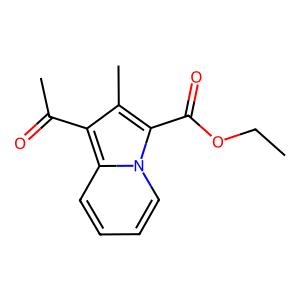
SMILES: CCOC(=O)c1c(C)c(C(C)=O)c2ccccn12
Inhibits HIV replication: No